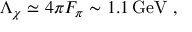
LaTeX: \Lambda _ { \chi } \simeq 4 \pi F _ { \pi } \sim 1 . 1 \, \mathrm { G e V } \ ,